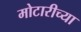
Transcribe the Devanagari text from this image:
मोटारीच्या